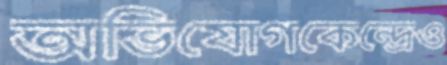
অভিযোগকেন্দ্রেও